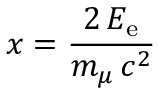
x = { \frac { 2 \, E _ { \mathrm { e } } } { m _ { \mu } \, c ^ { 2 } } }